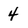
Character: 4